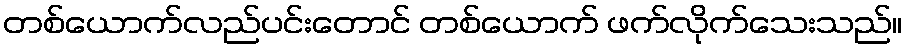
တစ်ယောက်လည်ပင်းတောင် တစ်ယောက် ဖက်လိုက်သေးသည်။